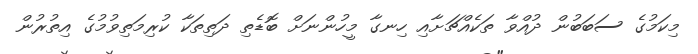
މިކަމުގެ ސަބަބުން ދުއްވާ ތަކެއްޗަށާއި ހިނގާ މީހުންނަށް ބޮޑެތި ދަތިތަކާ ކުރިމަތިވުމުގެ އިތުރުން